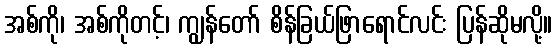
အစ်ကို၊ အစ်ကိုတင့်၊ ကျွန်တော် စိန်ခြယ်ဖြာရောင်လင်း ပြန်ဆိုမလို့။